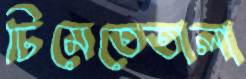
ঢিমেতেতালা